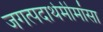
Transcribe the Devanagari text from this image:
जगत्पदार्थमीमांसा